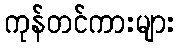
ကုန်တင်ကားများ